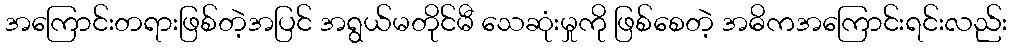
အကြောင်းတရားဖြစ်တဲ့အပြင် အရွယ်မတိုင်မီ သေဆုံးမှုကို ဖြစ်စေတဲ့ အဓိကအကြောင်းရင်းလည်း